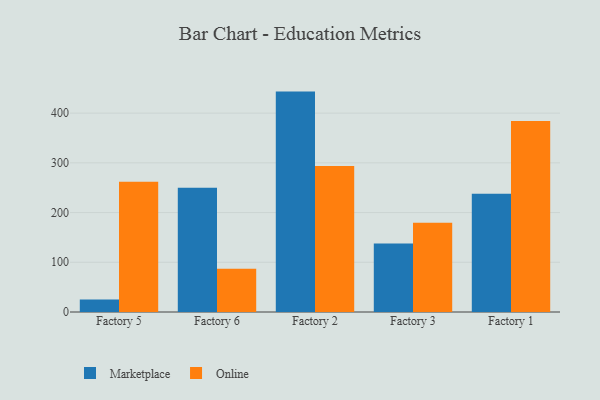
{"axis": {"x": "Factory", "y": "Population (Million)"}, "legend": ["Marketplace", "Online"], "data": [{"x": "Factory 5", "y": 25.1, "type": "Marketplace"}, {"x": "Factory 5", "y": 261.9, "type": "Online"}, {"x": "Factory 6", "y": 249.8, "type": "Marketplace"}, {"x": "Factory 6", "y": 87.1, "type": "Online"}, {"x": "Factory 2", "y": 443.3, "type": "Marketplace"}, {"x": "Factory 2", "y": 293.5, "type": "Online"}, {"x": "Factory 3", "y": 137.7, "type": "Marketplace"}, {"x": "Factory 3", "y": 179.4, "type": "Online"}, {"x": "Factory 1", "y": 237.9, "type": "Marketplace"}, {"x": "Factory 1", "y": 384.0, "type": "Online"}]}